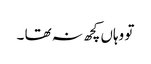
تو وہاں کچھ نہ تھا ۔